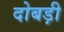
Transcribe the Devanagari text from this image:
दोबड़ी